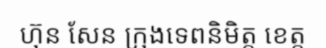
ហ៊ុន សែន ក្រុងទេពនិមិត្ត ខេត្ត